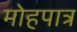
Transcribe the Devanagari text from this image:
मोहपात्र